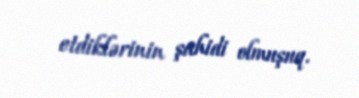
etdiklərinin şahidi olmuşuq.